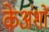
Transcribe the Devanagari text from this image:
केअंशों